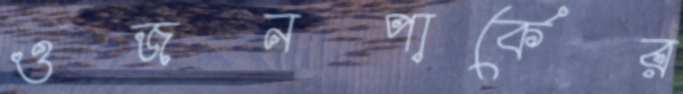
ওজনপার্কের